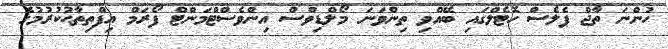
ހުންނަ ތާޖް ޕެލެސް ހޮޓެލްގައި ބޭއްވި ތިންވަނަ މޯލްޑިވްސް އިންވެސްޓްމަންޓް ފޯރަމް އިފްތިތާޙުކުރުމުގެ